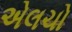
એલચો